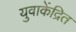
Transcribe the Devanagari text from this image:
युवाकेंद्रित